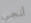
أنجي